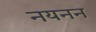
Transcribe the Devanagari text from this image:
नयनन